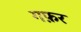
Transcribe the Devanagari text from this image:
गफ़र